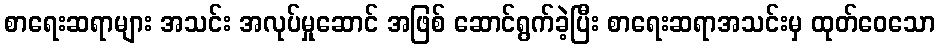
စာရေးဆရာများ အသင်း အလုပ်မှုဆောင် အဖြစ် ဆောင်ရွက်ခဲ့ပြီး စာရေးဆရာအသင်းမှ ထုတ်ဝေသော